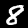
Label: 8